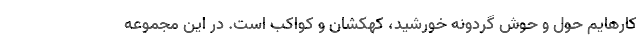
کارهایم حول و حوش گردونه خورشید، کهکشان و کواکب است. در این مجموعه